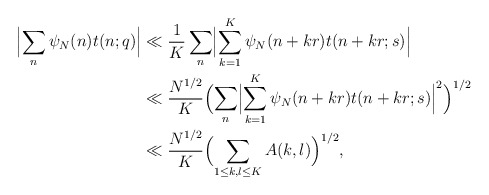
\begin{align*} \Bigl|\sum_n \psi_N(n) t(n;q)\Bigr| &\ll \frac{1}{K} \sum_n \Bigl|\sum_{k=1}^K \psi_N(n+kr) t(n+kr;s) \Bigr| \\ & \ll \frac{N^{1/2}}{K} \Bigl(\sum_n \Bigl|\sum_{k=1}^K \psi_N(n+kr) t(n+kr;s)\Bigr|^2\Bigr)^{1/2}\\ &\ll \frac{N^{1/2}}{K} \Bigl(\sum_{1\leq k,l\leq K}A(k,l)\Bigr)^{1/2},\end{align*}